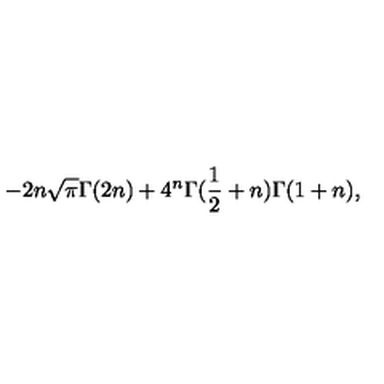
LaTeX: - 2 n { \sqrt { \pi } } { \Gamma } ( 2 n ) + { 4 ^ { n } } { \Gamma } ( { \frac { 1 } { 2 } } + n ) { \Gamma } ( 1 + n ) ,